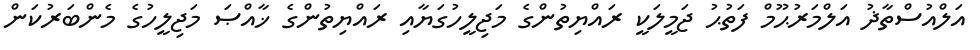
އަލްއުސްތާޛު އަލްމަރުޙޫމް ފަތުޙު ޖަމީލަކީ ރައްޔިތުންގެ މަޖިލީހުގަޔާއި ރައްޔިތުންގެ ޚާއްޞަ މަޖިލީހުގެ މެންބަރުކަން